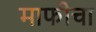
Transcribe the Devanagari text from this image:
माफीचा